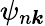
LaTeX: \psi_{n\boldsymbol{k}}